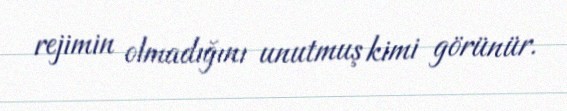
rejimin olmadığını unutmuş kimi görünür.